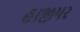
હાજીપર